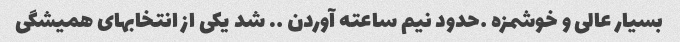
بسیار عالی و خوشمزه …حدود نیم ساعته آوردن …. شد یکی از انتخابهای همیشگی